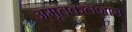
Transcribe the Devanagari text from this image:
अमृतकलशास